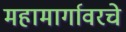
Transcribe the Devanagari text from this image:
महामार्गावरचे